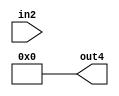
module decoder (
    input [1:0] in2,
    output [3:0] out4
);
    assign out4 = 0;
endmodule